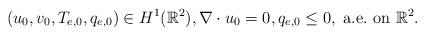
LaTeX: \begin{align*}(u_0, v_0, T_{e,0}, q_{e,0})\in H^1(\mathbb R^2),\nabla\cdot u_0=0,q_{e,0}\leq0,\mbox{ a.e.~on }\mathbb R^2.\end{align*}